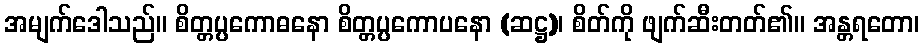
အမျက်ဒေါသည်။ စိတ္တပ္ပကောဓနော စိတ္တပ္ပကောပနော (ဆဋ္ဌ)၊ စိတ်ကို ဖျက်ဆီးတတ်၏။ အန္တရတော၊